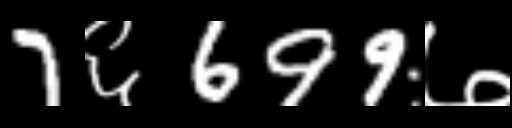
Text: 7६699७